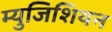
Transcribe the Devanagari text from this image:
म्युजिशियन